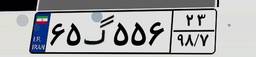
۶۵گ۵۵۶۲۳